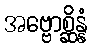
အဗ္ဗောစ္ဆိန္နံ